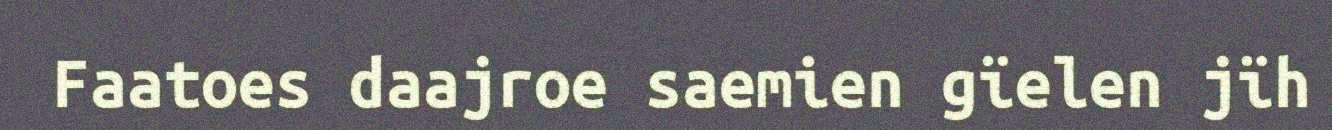
Faatoes daajroe saemien gïelen jïh